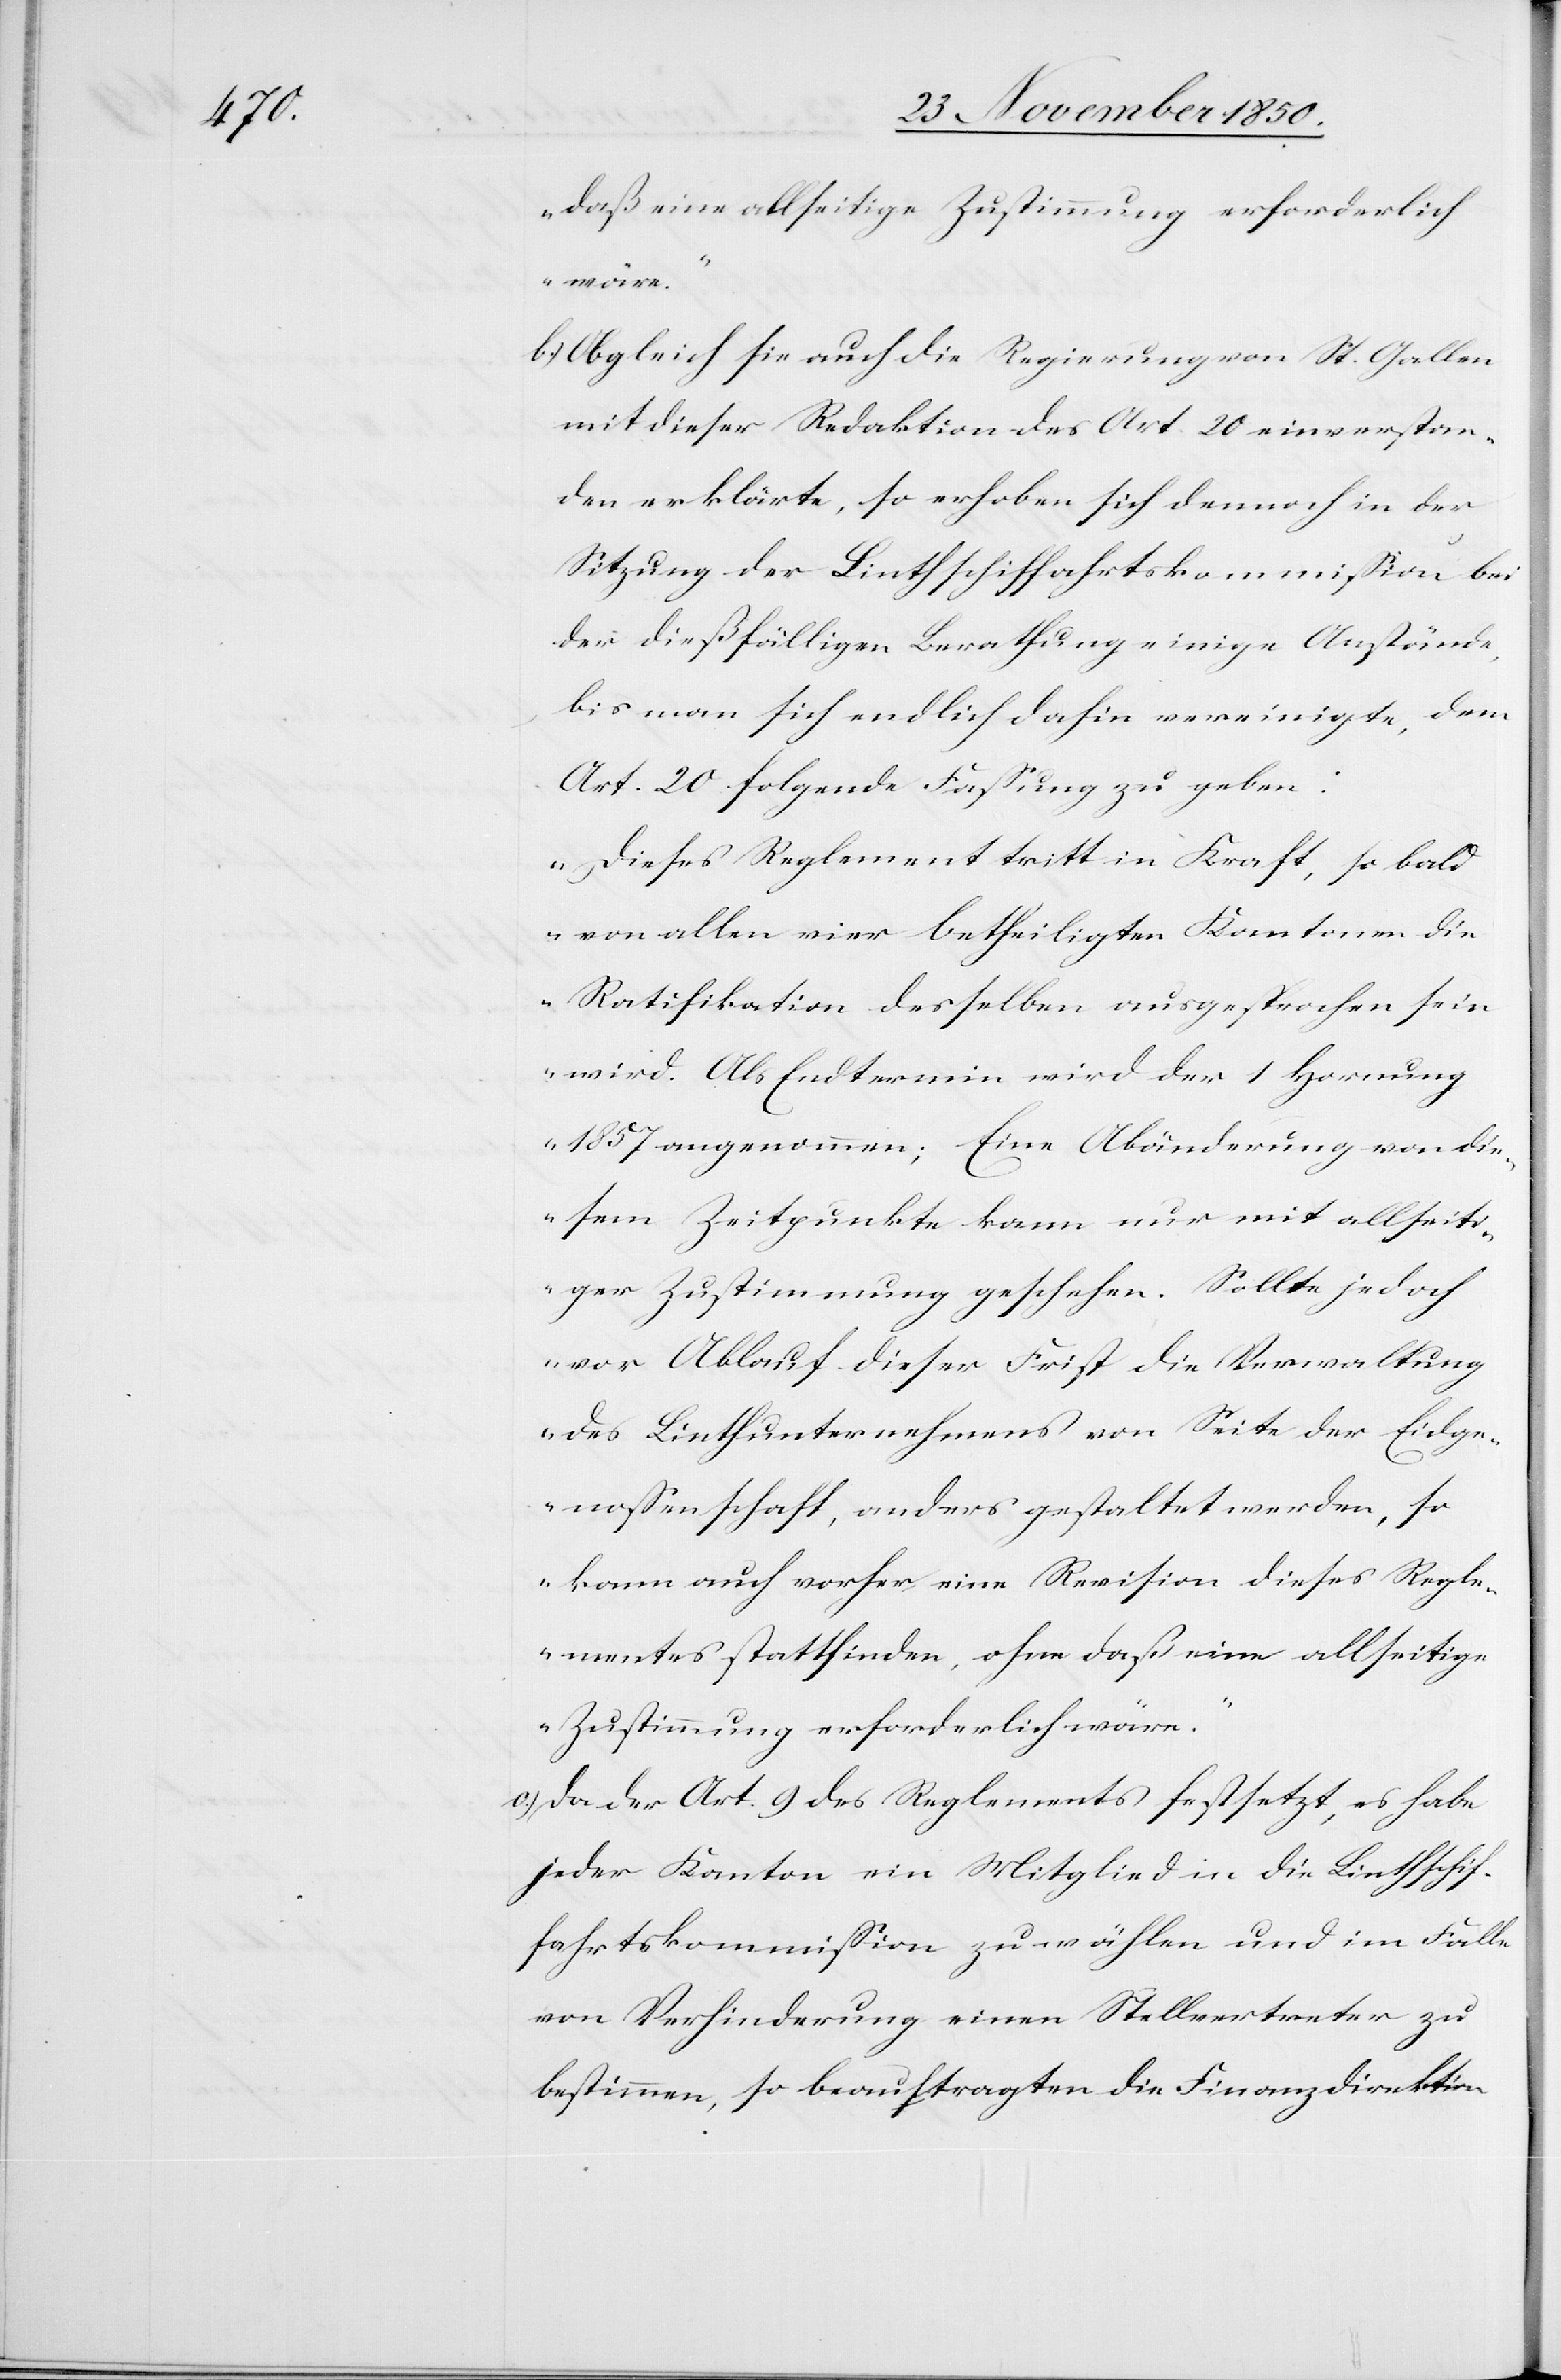
daß eine allseitige Zustimmung erforderlich
wäre.“
sich] auch die Regierung von St. Gallen
mit dieser Redaktion des Art. 20 einverstan¬
den erklärte, so erhoben sich dennoch in der
Sitzung der Linthschiffahrtskommission bei
der dießfälligen Berathung einige Anstände,
bis man sich endlich dahin vereinigte, dem
Art. 20 folgende Fassung zu geben:
„Dieses Reglement tritt in Kraft, so bald
von allen vier betheiligten Kantonen die
Ratifikation desselben ausgesprochen sein
wird. Als Endtermin wird der 1 Hornung
1857 angenommen; Eine Abänderung von die¬
sem Zeitpunkte kann nur mit allseiti¬
ger Zustimmung geschehen. Sollte jedoch
vor Ablauf dieser Frist die Verwaltung
des Linthunternehmens von Seite der Eidge¬
nossenschaft, anders gestaltet werden, so
kann auch vorher eine Revision dieses Regle¬
mentes stattfinden, ohne daß eine allseitige
Zustimmung erforderlich wäre.“
c.) Da der Art. 9 des Reglements festsetzt, es habe
jeder Kanton ein Mitglied in die Linthschif¬
fahrtskommission zu wählen und im Falle
von Verhinderung einen Stellvertreter zu
bestimmen, so beauftragten die Finanzdirektion